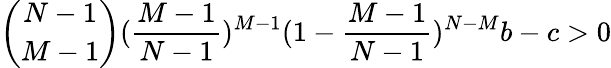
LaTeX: \binom{N-1}{M-1}(\frac{M-1}{N-1})^{M-1}(1-\frac{M-1}{N-1})^{N-M}b-c>0